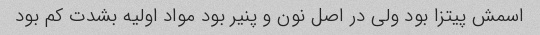
اسمش پیتزا بود ولی در اصل نون و پنیر بود مواد اولیه بشدت کم بود